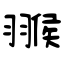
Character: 翭